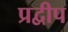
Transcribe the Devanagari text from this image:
प्रद्वीप